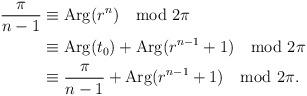
LaTeX: \begin{align*} \frac{\pi}{n-1} & \equiv \mathrm{Arg}(r^n) \mod 2\pi \\ &\equiv \mathrm{Arg}(t_0) + \mathrm{Arg}(r^{n-1} +1) \mod 2\pi \\ &\equiv \frac{\pi}{n-1} + \mathrm{Arg}(r^{n-1} +1) \mod 2\pi. \end{align*}